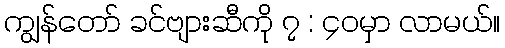
ကျွန်တော် ခင်ဗျားဆီကို ၇ : ၄၀မှာ လာမယ်။